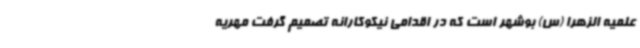
علمیه الزهرا (س) بوشهر است که در اقدامی نیکوکارانه تصمیم گرفت مهریه